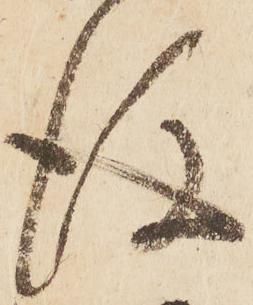
後